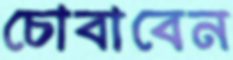
চোবাবেন